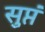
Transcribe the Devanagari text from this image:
सुप्तं